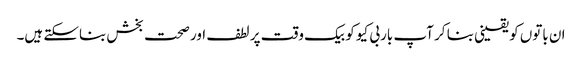
ان باتوں کو یقینی بنا کر آپ باربی کیو کو بیک وقت پر لطف اور صحت بخش بناسکتے ہیں۔